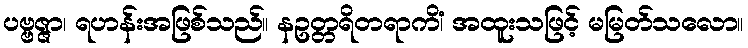
ပဗ္ဗဇ္ဇာ၊ ရဟန်းအဖြစ်သည်။ နဥတ္တရိတရာကိံ၊ အထူးသဖြင့် မမြတ်သလော။